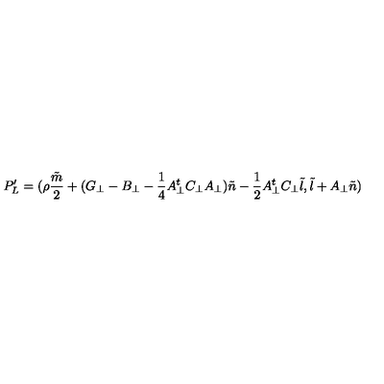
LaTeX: P _ { L } ^ { \prime } = ( { \rho } \frac { \tilde { m } } { 2 } + ( G _ { \bot } - B _ { \bot } - \frac { 1 } { 4 } A _ { \bot } ^ { t } C _ { \bot } A _ { \bot } ) { \tilde { n } } - \frac { 1 } { 2 } A _ { \bot } ^ { t } C _ { \bot } { \tilde { l } } , { \tilde { l } } + A _ { \bot } { \tilde { n } } )